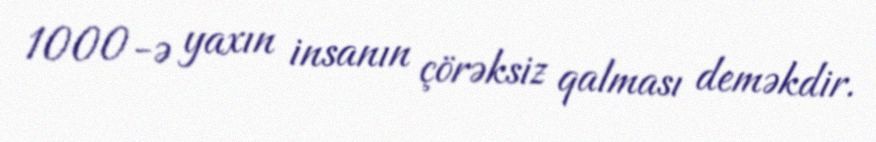
1000-ə yaxın insanın çörəksiz qalması deməkdir.